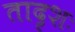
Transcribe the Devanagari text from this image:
तादृशः